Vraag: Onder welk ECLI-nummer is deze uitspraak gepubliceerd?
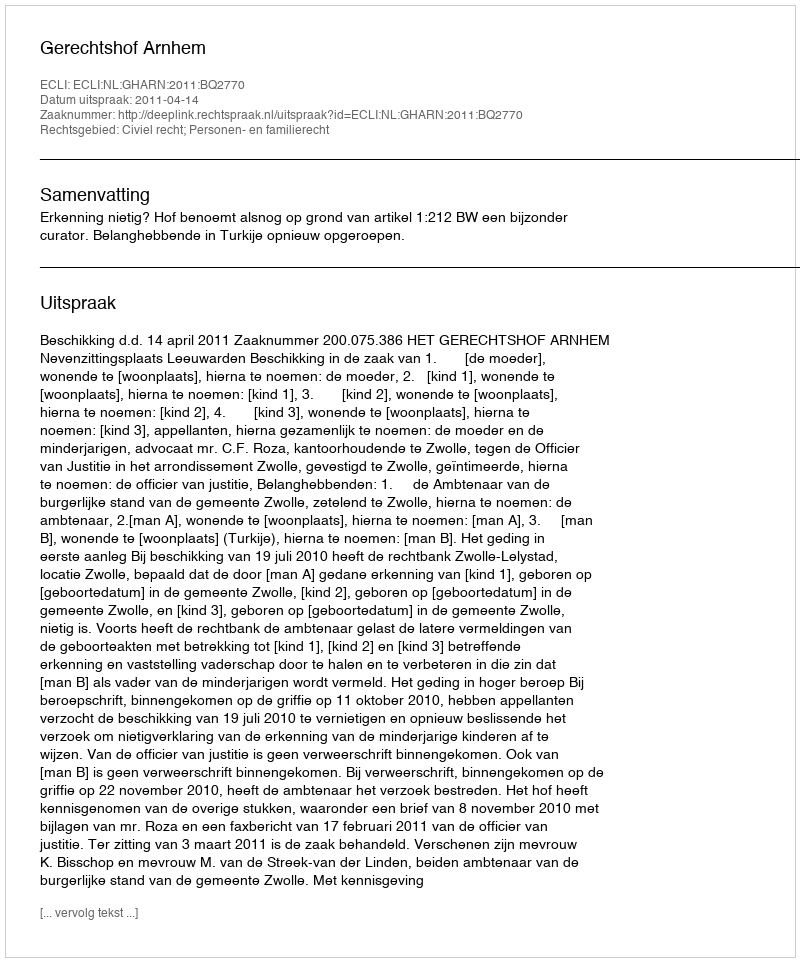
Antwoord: ECLI:NL:GHARN:2011:BQ2770